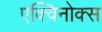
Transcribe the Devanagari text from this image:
एक्विनोक्स